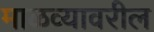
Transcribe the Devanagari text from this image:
माळव्यावरील